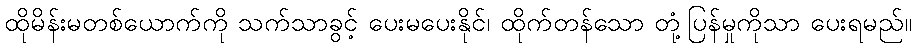
ထိုမိန်းမတစ်ယောက်ကို သက်သာခွင့် ပေးမပေးနိုင်၊ ထိုက်တန်သော တုံ့ပြန်မှုကိုသာ ပေးရမည်။